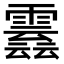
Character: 𩅣